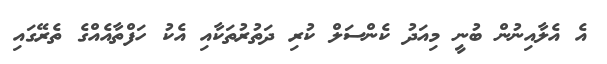
އެ އެލާއިނުން ބުނީ މިއަދު ކެންސަލް ކުރި ދަތުރުތަކާއި އެކު ހަފްތާއެއްގެ ތެރޭގައި